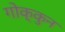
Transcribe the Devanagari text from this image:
गोक्कुन